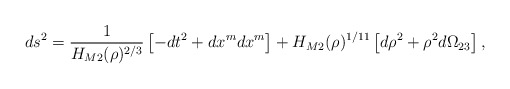
\begin{align*}ds^{2} = \frac{1}{H_{M2}(\rho)^{2/3}} \left[ -dt^{2} +dx^{m}dx^{m} \right] + H_{M2}(\rho)^{1/11} \left[ d\rho^{2} + \rho^{2}d\Omega_{23} \right] ,\end{align*}